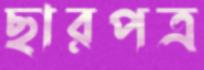
ছারপত্র